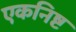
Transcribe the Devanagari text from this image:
एकनिष्ट